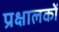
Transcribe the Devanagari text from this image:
प्रक्षालकों